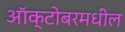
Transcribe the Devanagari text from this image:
ऑक्टोबरमधील